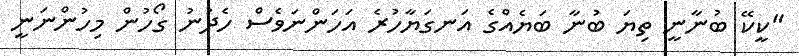
"ކީކޭ ބުނާނީ ތިޔަ ބުނާ ބަޔެއްގެ އަނގަޔާހުރެ އަހަންނަވެސް ހެދުނު ގޯހުން މިހުންނަނީ